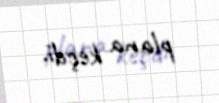
plana keçdi.